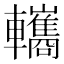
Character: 𨏳